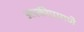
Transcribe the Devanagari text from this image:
आस्कीप्रमाणे